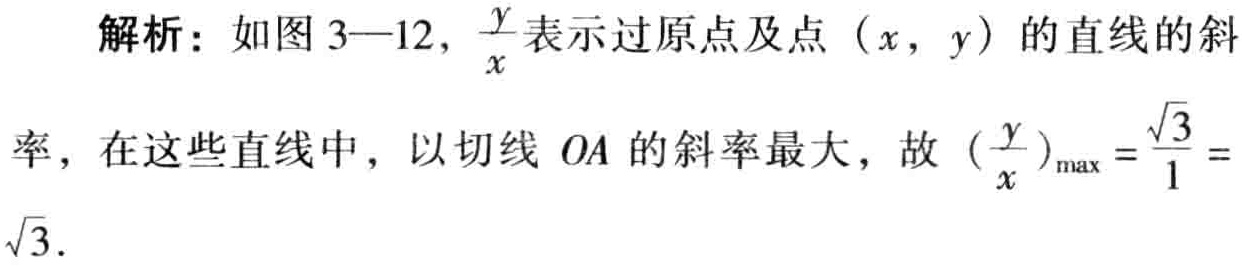
解析：如图 3—12, $\frac{y}{x}$表示过原点及点$(x,y)$的直线的斜
率，在这些直线中，以切线$OA$的斜率最大，故$(\frac{y}{x})_{\max}=\frac{\sqrt{3}}{1} =
\sqrt{3}.$